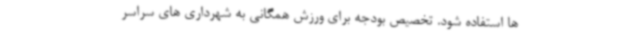
ها استفاده شود. تخصیص بودجه برای ورزش همگانی به شهرداری های سراسر